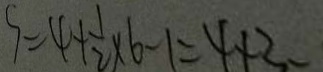
S = 4 + \frac { 1 } { 2 } \times 6 - 1 = 4 + 3 -